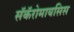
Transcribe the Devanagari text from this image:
सॅकॅरोमायसिस